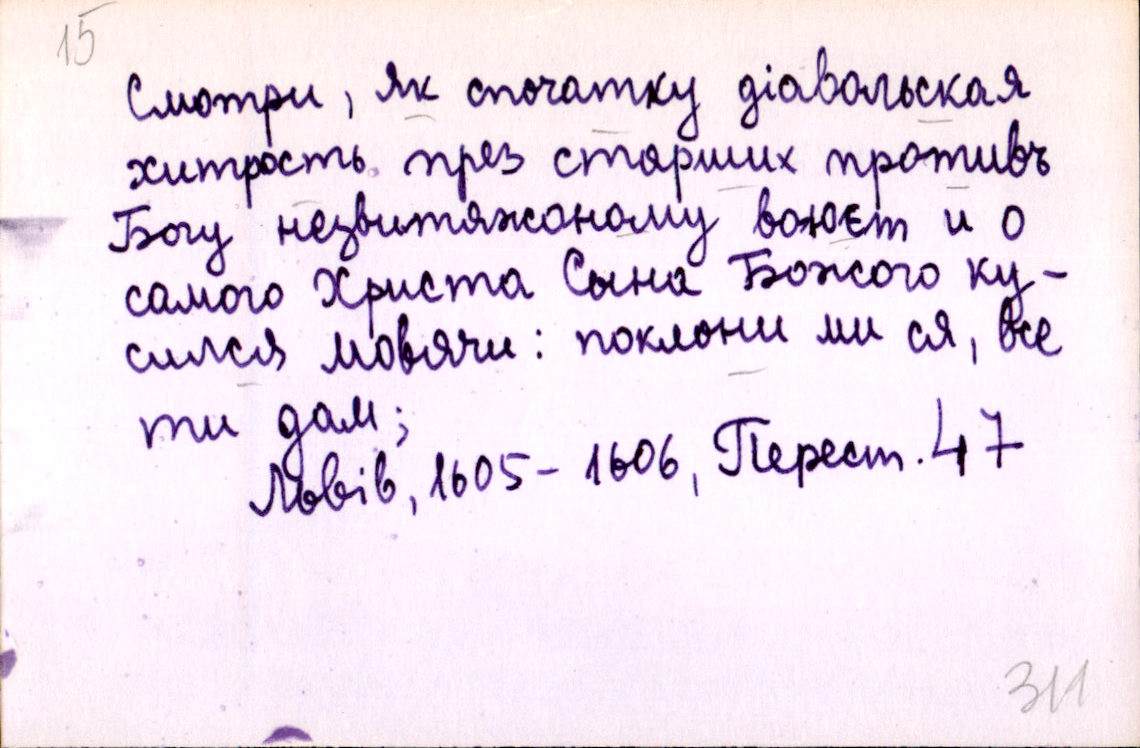
Смотри, як спочатку діавольская
хитрость през старших противъ
Богу незвитяжоному воюєт и о
самого Христа Сына Божого ку-
сился мовячи: поклони ми ся, все
ти дам;
Львів, 1605-1606, Перест. 47